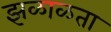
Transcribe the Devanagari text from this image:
झळाळता